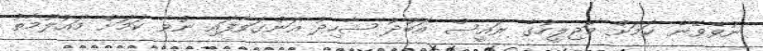
ނުވެވޭނެ ކަމަށް މަޖިލީހުގެ ރައީސް އަބުދު ޝާހިދު އަންގަވާފައި ނުވާ ކަމަށް މައުލޫމާތު